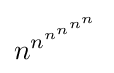
n^{n^{n^{n^{n^{n}}}}}